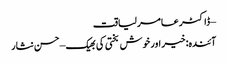
– ڈاکٹر عامر لیاقت
آئندہ: خیر اور خوش بختی کی بھیک – حسن نثار